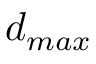
d _ { m a x }